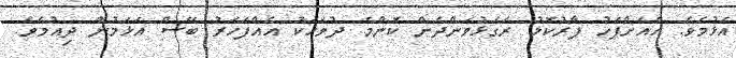
އެޅުމެވެ. އެއަށްފަހު ފާރުކޮޅު ރަގަޅުވަންދެން ކޮންމެ ދުވަހަކު އެއްފަހަރު ބޭސް އަޅަމުން ދިއުމެވެ.